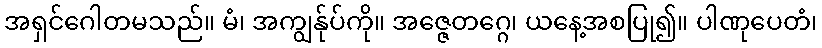
အရှင်ဂေါတမသည်။ မံ၊ အကျွန်ုပ်ကို။ အဇ္ဇေတဂ္ဂေ၊ ယနေ့အစပြု၍။ ပါဏုပေတံ၊